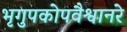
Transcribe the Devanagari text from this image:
भृगुपकोपवैश्वानरे